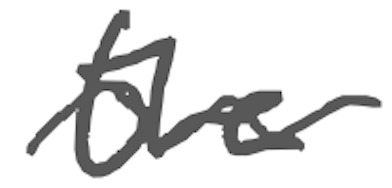
Text: the
Cross-out: wave
Writing tool: digital_gray